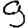
Digit: 9